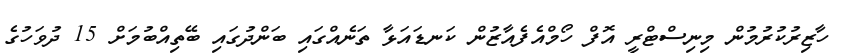
ހާޒިރުކުރުމުން މިނިސްޓްރީ އޮފް ހޯމްއެފެއާޒުން ކަނޑައަޅާ ތަނެއްގައި ބަންދުގައި ބޭތިއްބުމަށް 15 ދުވަހުގެ